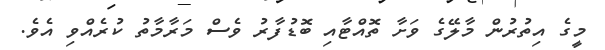
މީގެ އިތުރުން މާލޭގެ ވަށާ ތޮއްޓާއި ބޮޑުފާރު ވެސް މަރާމާތު ކުރެއްވި އެވެ.